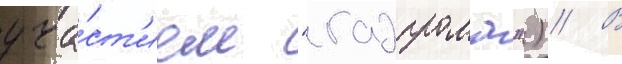
уча́ст'ием "газпрома") // В